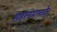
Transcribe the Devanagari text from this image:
सहस्त्रमस्तके